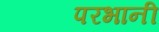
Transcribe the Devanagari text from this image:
परभानी